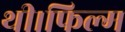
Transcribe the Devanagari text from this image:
थी।फिल्म